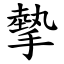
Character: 摰